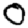
Digit: 0